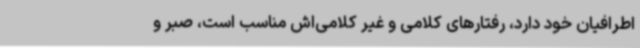
اطرافیان خود دارد، رفتارهای کلامی و غیر کلامی‌اش مناسب است، صبر و